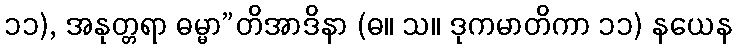
၁၁), အနုတ္တရာ ဓမ္မာ”တိအာဒိနာ (ဓ။ သ။ ဒုကမာတိကာ ၁၁) နယေန